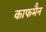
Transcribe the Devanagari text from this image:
काफमैन